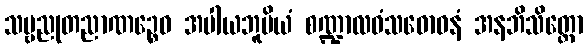
သဗ္ဗညုတညာဏဉ္စေဝ အပါယဘူမိယံ စဏ္ဍာလဝံသဓောဝနံ အနဘိသိတ္တော